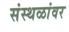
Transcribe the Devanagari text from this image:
संस्थळांवर